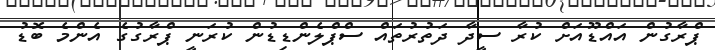
ޕްރާގުން އައްޑޫއަށް ކުރާ ސީދާ ދަތުރުތައް ސްޕްލެންޑިޑުން ކުރަނީ ޕްރާގުގެ އެންމެ ބޮޑު